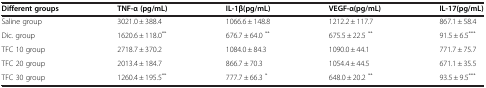
<table><thead><tr><td><b>Different groups</b></td><td><b>TNF-α (pg/mL)</b></td><td><b>IL-1β(pg/mL)</b></td><td><b>VEGF-α(pg/mL)</b></td><td><b>IL-17(pg/mL)</b></td></tr></thead><tbody><tr><td>Saline group</td><td>3021.0 ± 388.4</td><td>1066.6 ± 148.8</td><td>1212.2 ± 117.7</td><td>867.1 ± 58.4</td></tr><tr><td>Dic. group</td><td>1620.6 ± 118.0<sup>**</sup></td><td>676.7 ± 64.0 <sup>**</sup></td><td>675.5 ± 22.5 <sup>**</sup></td><td>91.5 ± 6.5<sup>***</sup></td></tr><tr><td>TFC 10 group</td><td>2718.7 ± 370.2</td><td>1084.0 ± 84.3</td><td>1090.0 ± 44.1</td><td>771.7 ± 75.7</td></tr><tr><td>TFC 20 group</td><td>2013.4 ± 184.7</td><td>866.7 ± 70.3</td><td>1054.4 ± 44.5</td><td>671.1 ± 35.5</td></tr><tr><td>TFC 30 group</td><td>1260.4 ± 195.5<sup>**</sup></td><td>777.7 ± 66.3 <sup>*</sup></td><td>648.0 ± 20.2 <sup>**</sup></td><td>93.5 ± 9.5<sup>***</sup></td></tr></tbody></table>